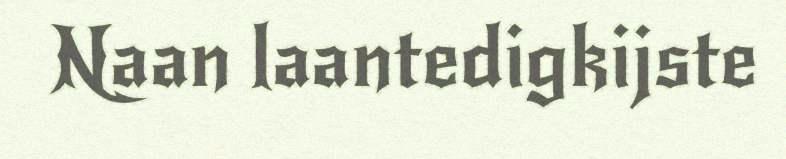
Naan laantedigkijste